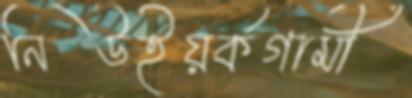
নিউইয়র্কগামী